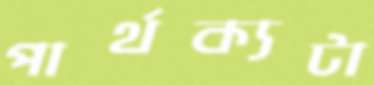
পার্থক্যটা